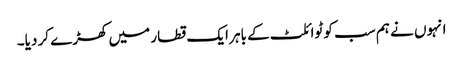
انہوں نے ہم سب کو ٹوائلٹ کے باہر ایک قطار میں کھڑے کر دیا۔